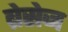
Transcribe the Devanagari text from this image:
ब्रेसेज